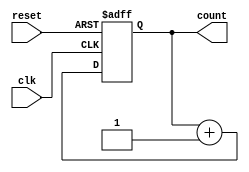
module contador_3bit_padrao (
  input clk, // Sinal de Clock (borda de subida)
  input reset, // Sinal de Reset
  output reg [2:0] count // Sada de 3 bits
);

  always @(posedge clk or posedge reset) begin
    if (reset) begin
      // Se o sinal de Reset estiver ativo, resetamos para 0
      count <= 3'b000;
    end else begin
      // Caso contrrio, incrementamos o contador
      count <= count + 1;
    end
  end

endmodule